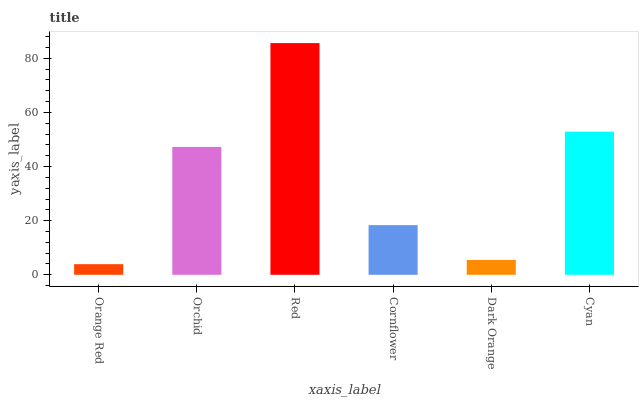
| xaxis_label | bars |
 | --- | --- |
 | Orange Red | 3.93 |
 | Orchid | 47.3 |
 | Red | 85.6 |
 | Cornflower | 18.4 |
 | Dark Orange | 5.48 |
 | Cyan | 52.9 |